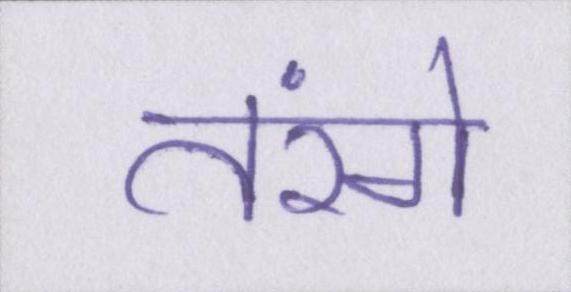
तरंगे